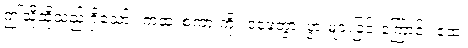
ဤသို့ဆိုသည် ရှိသော်။ ကထံ၊ စကားကို။ ဝဍ္ဎေတွာ၊ ပွားများခြင်းကြောင့်။ ဧထ၊